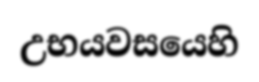
උභයවසයෙහි